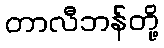
တာလီဘန်တို့